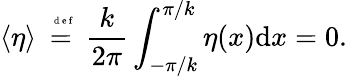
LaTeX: \left<\eta\right>\stackrel{\mathrm{~\tiny~{~d~e~f~}~}}{=}\frac{k}{2\pi}\int_{-\pi/k}^{\pi/k}\eta(x)\mathrm{d}x=0.